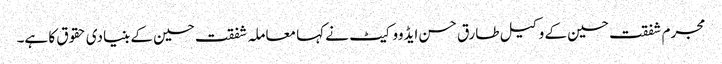
مجرم شفقت حسین کے وکیل طارق حسن ایڈووکیٹ نے کہا معاملہ شفقت حسین کے بنیادی حقوق کا ہے۔